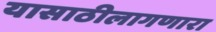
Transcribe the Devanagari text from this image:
यासाठीलागणारा